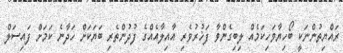
ރައްޔިތުންނަކީ ބޯހިޔާވަހިކަމެއް ލިބިގެންވާ ފަޚުރުވެރި އާއިލާއެއްގެ ފުދުންތެރި ބަޔަކަށް ހަދާނެ ކަަމަށް ފައިސަލް